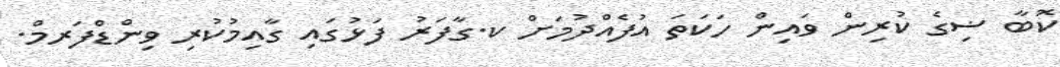
ކޮބާ ޟިގެ ކުރިން ވައިން ހަކަތަ އުފެއްދުމަށް ކ.ގާފަރު ފަޅުގައި ގާއިމުކުރި ވިންޑްފަރމް.